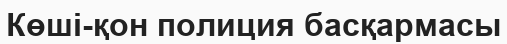
Көші-қон полиция басқармасы